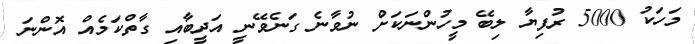
މަހަކު 5000 ރުފިޔާ ލިބޭ މީހުންނަކަށް ނުވާނެ ގަނެވޭނީ އަދީބާއި ގާތްކަމެއް އޮންނަ